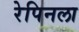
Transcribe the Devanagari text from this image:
रेपिनला